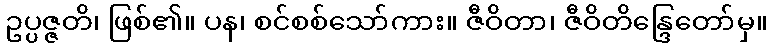
ဥပ္ပဇ္ဇတိ၊ ဖြစ်၏။ ပန၊ စင်စစ်သော်ကား။ ဇီဝိတာ၊ ဇီဝိတိန္ဒြေတော်မှ။